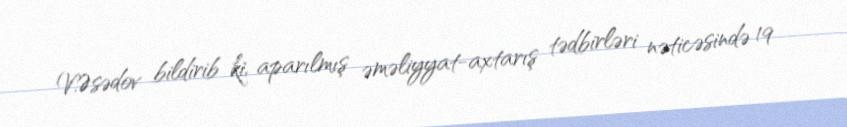
V.Əsədov bildirib ki, aparılmış əməliyyat-axtarış tədbirləri nəticəsində 19